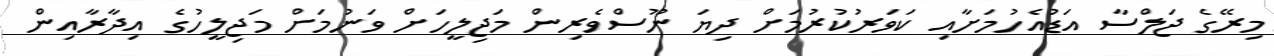
މިރޭގެ ޖަލްސާ އަޑުއެހުމަށާއި ކަވަރުކުރުމަށް ދިޔަ ނޫސްވެރިން މަޖިލީހަށް ވަނުމަށް މަޖިލީހުގެ އިދާރާއިން